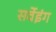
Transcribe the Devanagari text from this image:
सर्वेइंग